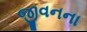
જીવનના